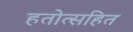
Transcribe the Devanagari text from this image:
हतोत्सहित